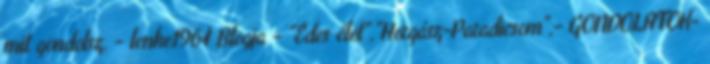
mit gondolsz, - lenke1964 Blogja - "Édes élet","Horgász-Paradicsom",- GONDOLATOK-